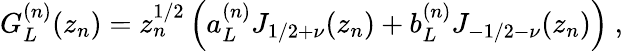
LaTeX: G_{L}^{(n)}(z_{n})=z_{n}^{1/2}\left(a_{L}^{(n)}J_{1/2+\nu}(z_{n})+b_{L}^{(n)}J_{-1/2-\nu}(z_{n})\right)~,